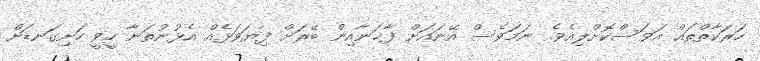
ހަރަކާތްތައް އަވަސްކޮށްލިއެވެ. ނަމަވެސް އޭނައަށް ފާޚަނާއިން ބޭރަށް ފިޔަވަޅެއް އެޅުނުތަނާ ހީވީ ހަށިގަނޑަށް